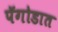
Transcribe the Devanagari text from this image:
पॅगोडात